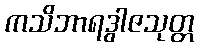
ကသိဘာရဒွါဇသုတ္တ